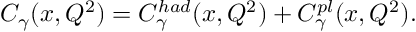
C _ { \gamma } ( x , Q ^ { 2 } ) = C _ { \gamma } ^ { h a d } ( x , Q ^ { 2 } ) + C _ { \gamma } ^ { p l } ( x , Q ^ { 2 } ) .